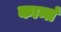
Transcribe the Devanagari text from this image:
कान्तं